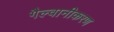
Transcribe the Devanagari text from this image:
गैल्वानीकरण